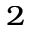
^ 2